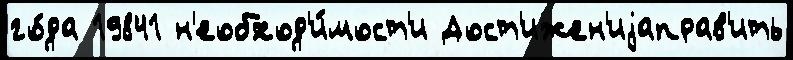
го́да 19841 н'еобход'и́мост'и Дост'ижен'иjаправ'ить